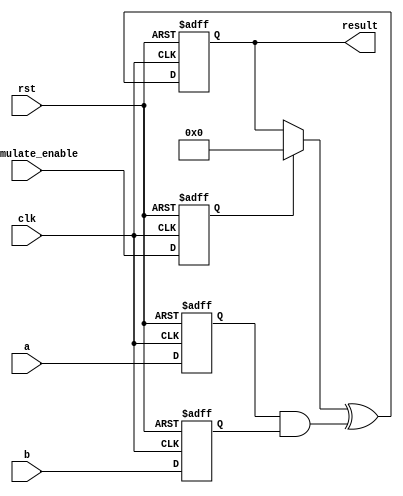
/*
psu_id: ssn5137; yxl5827
*/
module top
(
    input clk,
    input rst,
    input [31:0] a,
    input [31:0] b,
    input accumulate_enable,
    output [63:0] result
);
  reg  [31:0] a_reg, b_reg;
	reg  sload_reg;
  reg	 [63:0] old_result;
  wire [63:0] multa;
  reg [63:0] tempresult;
  assign multa = a_reg & b_reg;
  always @ (result, sload_reg)
	begin
		if (sload_reg)
			old_result <= 0;
		else
			old_result <= result;
	end
  always @ (posedge clk or posedge rst)
	begin
		if (rst)
         begin
			a_reg <= 0;
			b_reg <= 0;
			sload_reg <= 0;
			tempresult <= 0;
         end
      else if (clk)
          begin
			a_reg <= a;
			b_reg <= b;
			sload_reg <= accumulate_enable;
			tempresult <= old_result ^ multa;
          end
      
	end
	assign result = tempresult;
  
endmodule

// Testbench
module test;

  reg clk;
  reg reset;
  reg [31:0] a,b;
  wire [63:0] result;
  reg ae;

  top macc_unit(.clk(clk), .rst(reset), .a(a), .b(b), .accumulate_enable(ae), .result(result));

  initial begin
    // Dump waves
    // Dump waves
    $dumpfile("dump.vcd");
    $dumpvars(1);
    $display("Reset flop.");
    clk = 0;
    ae = 0;
    a = 0;
    b = 0;
    reset = 1;
    #3
    reset = 0;
    #20
    reset = 1;
    ae = 1;
    #3
    reset = 0;
  end
  
  always begin
    clk = ~clk;
    #2;
  end
  
  always@(posedge clk)
  begin
    a = a+1;
    b = b+3;
  end
  


endmodule